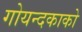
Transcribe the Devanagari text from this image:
गोयन्‍दकाको